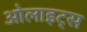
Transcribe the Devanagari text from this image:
ओलाइट्स